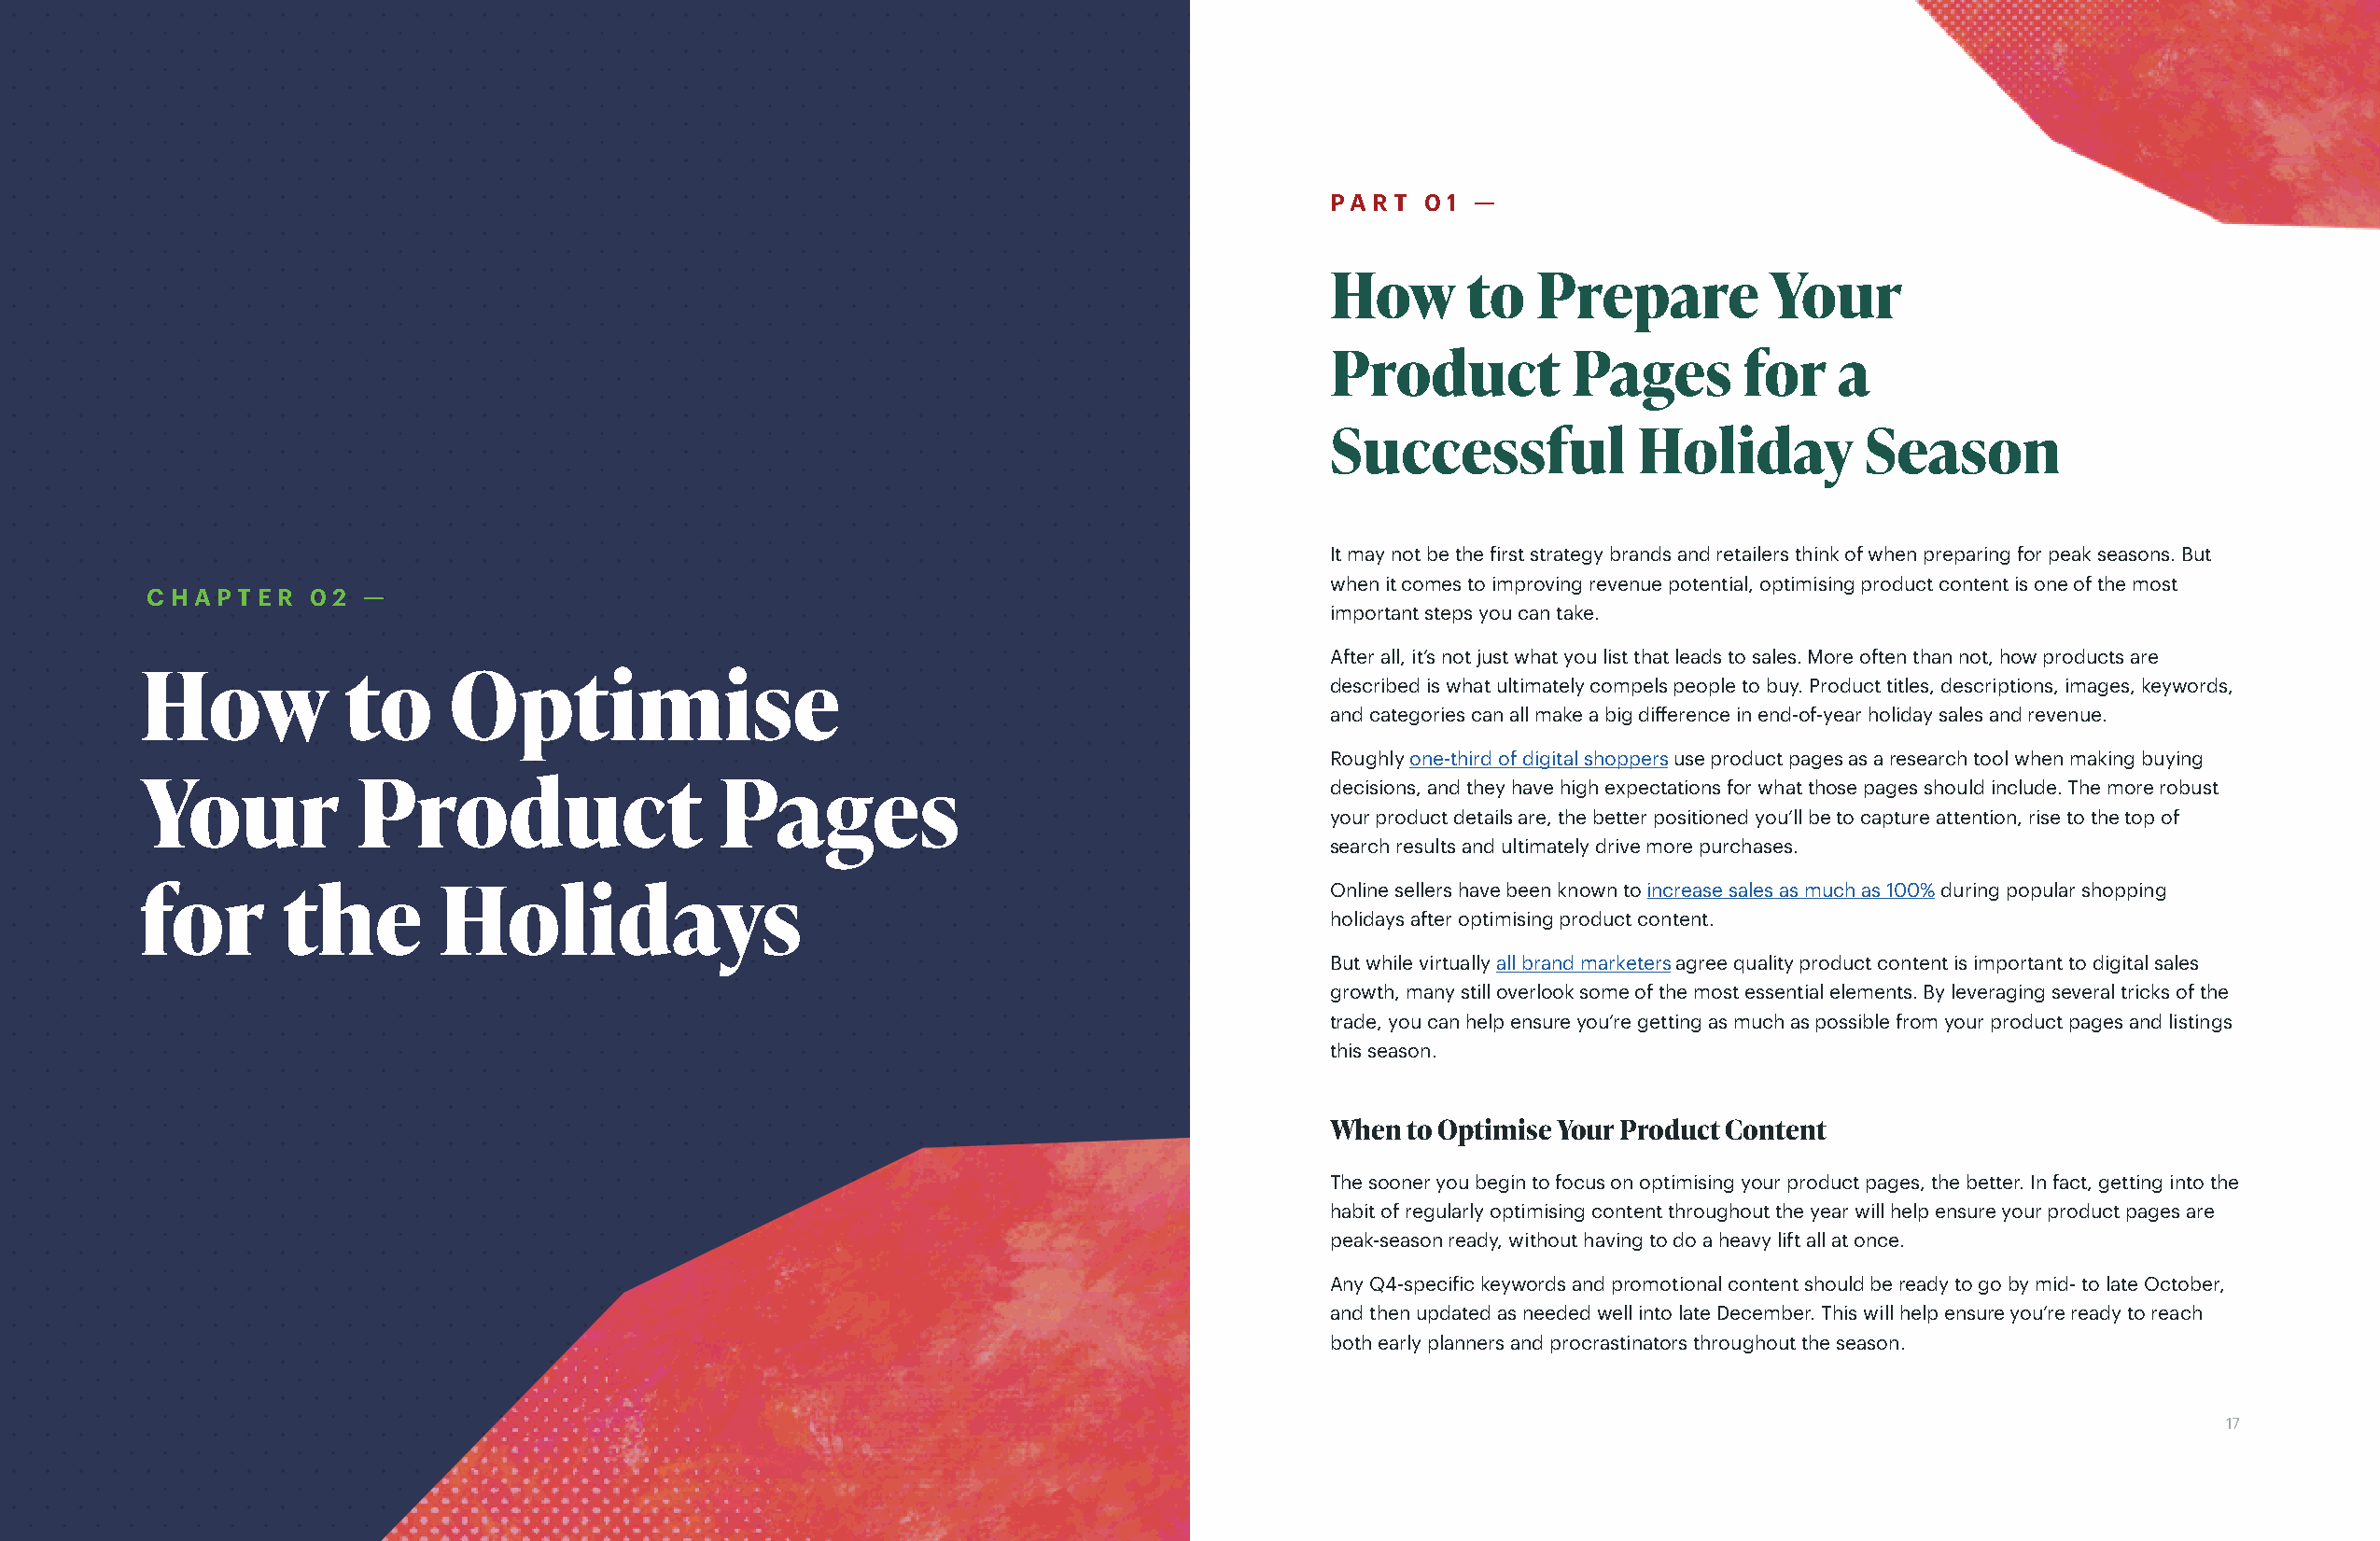
PA RT  0 1 —
 How       to   Prepare         Your
 Product          Pages        for   a
 Successful            Holiday         Season
 It may not be the first strategy brands and retailers think of when preparing for peak seasons. But
 when it comes to improving revenue potential, optimising product content is one of the most
 C H A P T E R 0 2 —
 important steps you can take.
 After all, it’s not just what you list that leads to sales. More often than not, how products are
 How           to      Optimise                                                      described is what ultimately compels people to buy. Product titles, descriptions, images, keywords,
 and categories can all make a big difference in end-of-year holiday sales and revenue.
 Roughly one-third of digital shoppers use product pages as a research tool when making buying
 Your           Product                   Pages                                      decisions, and they have high expectations for what those pages should include. The more robust
 your product details are, the better positioned you’ll be to capture attention, rise to the top of
 search results and ultimately drive more purchases.
 Online sellers have been known to increase sales as much as 100% during popular shopping
 for       the        Holidays
 holidays after optimising product content.
 But while virtually all brand marketers agree quality product content is important to digital sales
 growth, many still overlook some of the most essential elements. By leveraging several tricks of the
 trade, you can help ensure you’re getting as much as possible from your product pages and listings
 this season.
 When  to Optimise Your Product Content
 The sooner you begin to focus on optimising your product pages, the better. In fact, getting into the
 habit of regularly optimising content throughout the year will help ensure your product pages are
 peak-season ready, without having to do a heavy lift all at once.
 Any Q4-specific keywords and promotional content should be ready to go by mid- to late October,
 and then updated as needed well into late December. This will help ensure you’re ready to reach
 both early planners and procrastinators throughout the season.
 16                                                                                   17